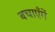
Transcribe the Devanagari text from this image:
बचाएँगें